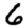
Digit: 6